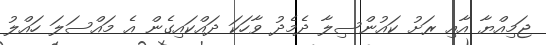
ޖަމިއްޔާ އާއި ރަށު ކައުންސިލާ ދެމެދު ވާހަކަ ދައްކައިގެން އެ މައްސަލަ ހައްލު